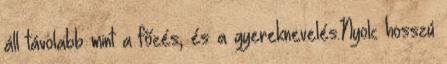
áll távolabb mint a főzés, és a gyereknevelés.Nyolc hosszú